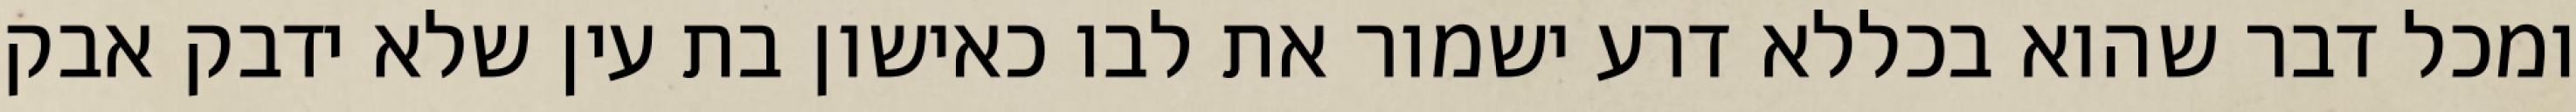
ומכל דבר שהוא בכללא דרע ישמור את לבו כאישון בת עין שלא ידבק אבק